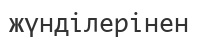
жүнділерінен